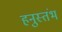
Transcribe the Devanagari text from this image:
हनुस्तंभ